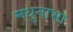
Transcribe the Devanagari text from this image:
मधुनाभा